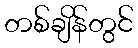
တစ်ချိန်တွင်